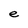
Character: e